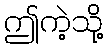
ဤကဲ့သို့